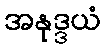
အနုဒ္ဒယံ